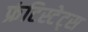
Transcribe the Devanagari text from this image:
फ्रंटिस्टेट्स